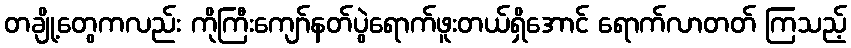
တချို့တွေကလည်း ကိုကြီးကျော်နတ်ပွဲရောက်ဖူးတယ်ရှိအောင် ရောက်လာတတ် ကြသည့်